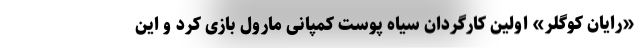
«رایان کوگلر» اولین کارگردان سیاه پوست کمپانی مارول بازی کرد و این